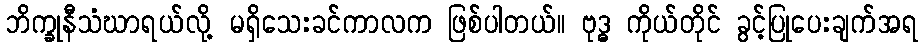
ဘိက္ခုနီသံဃာရယ်လို့ မရှိသေးခင်ကာလက ဖြစ်ပါတယ်။ ဗုဒ္ဓ ကိုယ်တိုင် ခွင့်ပြုပေးချက်အရ